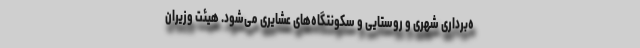
ه‌برداری شهری و روستایی و سکونتگاه‌های عشایری می‌شود. هیئت وزیران